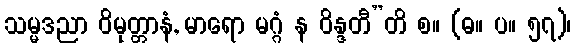
သမ္မဒညာ ဝိမုတ္တာနံ, မာရော မဂ္ဂံ န ဝိန္ဒတီ”တိ စ။ (ဓ။ ပ။ ၅၇)၊